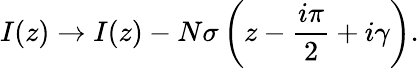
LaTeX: I(z)\rightarrow I(z)-N\sigma\left(z-\frac{i\pi}{2}+i\gamma\right).